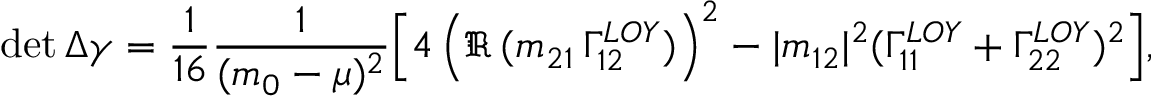
\operatorname * { d e t } \Delta \gamma = \frac { 1 } { 1 6 } \frac { 1 } { ( m _ { 0 } - \mu ) ^ { 2 } } \Big [ 4 \, \Big ( \Re \, ( m _ { 2 1 } \, { \Gamma } _ { 1 2 } ^ { L O Y } ) { \Big ) } ^ { 2 } - | m _ { 1 2 } | ^ { 2 } ( { \Gamma } _ { 1 1 } ^ { L O Y } + { \Gamma } _ { 2 2 } ^ { L O Y } ) ^ { 2 } \Big ] ,